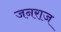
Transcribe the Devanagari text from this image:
जनराज